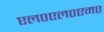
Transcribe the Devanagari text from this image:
एल०एल०एम०